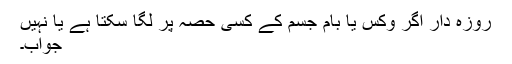
روزہ دار اگر وکس یا بام جسم کے کسی حصہ پر لگا سکتا ہے یا نہیں
جواب۔